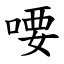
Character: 喓